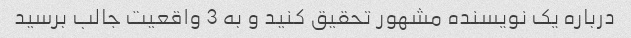
درباره یک نویسنده مشهور تحقیق کنید و به 3 واقعیت جالب برسید